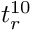
t _ { r } ^ { 1 0 }